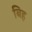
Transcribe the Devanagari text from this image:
बिह